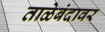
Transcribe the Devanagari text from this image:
ताळेबंदावर